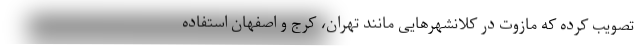
تصویب کرده که مازوت در کلانشهرهایی مانند تهران، کرج و اصفهان استفاده